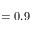
= 0 . 9